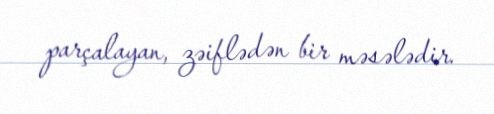
parçalayan, zəiflədən bir məsələdir.